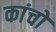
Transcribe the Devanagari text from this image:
कांचों